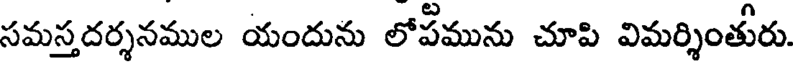
సమస్తదర్శనముల యందును లోపమును చూపి విమర్శింతురు.